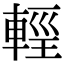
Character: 𨌷